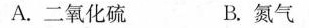
A.二氧化硫 B.氮气